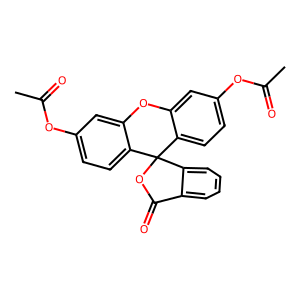
SMILES: CC(=O)Oc1ccc2c(c1)Oc1cc(OC(C)=O)ccc1C21OC(=O)c2ccccc21
Inhibits HIV replication: No